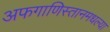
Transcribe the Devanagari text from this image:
अफगाणिस्तानमधल्या